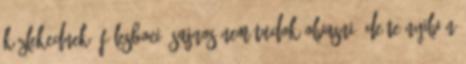
közlekednek. fülesboci: Sajnos nem tudok olvasni; de te nyilván